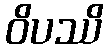
ဝိပဿိ